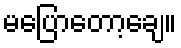
မပြောတော့ချေ။